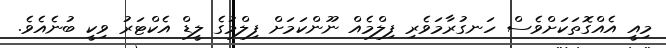
މިއީ އެއްގޮތަކަށްވެސް ހަނގުރާމަވެރި ފިލްމެއް ނޫންކަމަށް ފިލްމުގެ ލީޑް އެކްޓަރު ވިކީ ބުނެއެވެ.